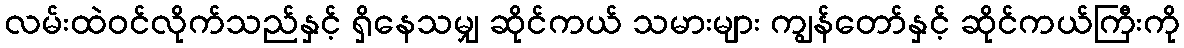
လမ်းထဲဝင်လိုက်သည်နှင့် ရှိနေသမျှ ဆိုင်ကယ် သမားများ ကျွန်တော်နှင့် ဆိုင်ကယ်ကြီးကို